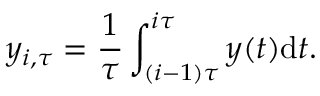
y _ { i , \tau } = \frac { 1 } { \tau } \int _ { ( i - 1 ) \tau } ^ { i \tau } y ( t ) \mathrm { d } t .